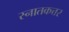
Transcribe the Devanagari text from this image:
स्नातकत्तर